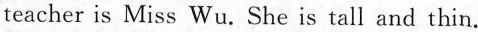
teacher is Miss Wu. She is tall and thin.